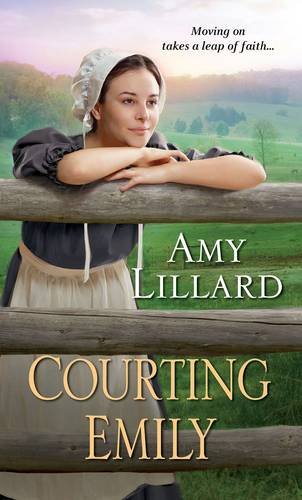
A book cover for Courting Emily (A Wells Landing Romance); Amy Lillard; Romance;